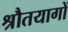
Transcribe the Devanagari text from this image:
श्रौतयागों